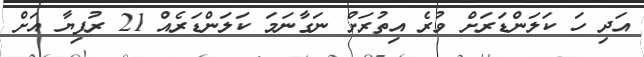
އަދި ހަ ކަލަންޑަރަށް ވުރެ އިތުރަށް ނަގާނަމަ ކަލަންޑަރެއް 21 ރުފިޔާ އަށް